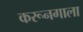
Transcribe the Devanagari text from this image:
करूनगाला